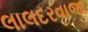
લાલદરવાજા